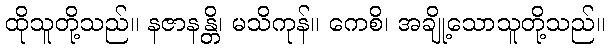
ထိုသူတို့သည်။ နဇာနန္တိ၊ မသိကုန်။ ကေစိ၊ အချို့သောသူတို့သည်။